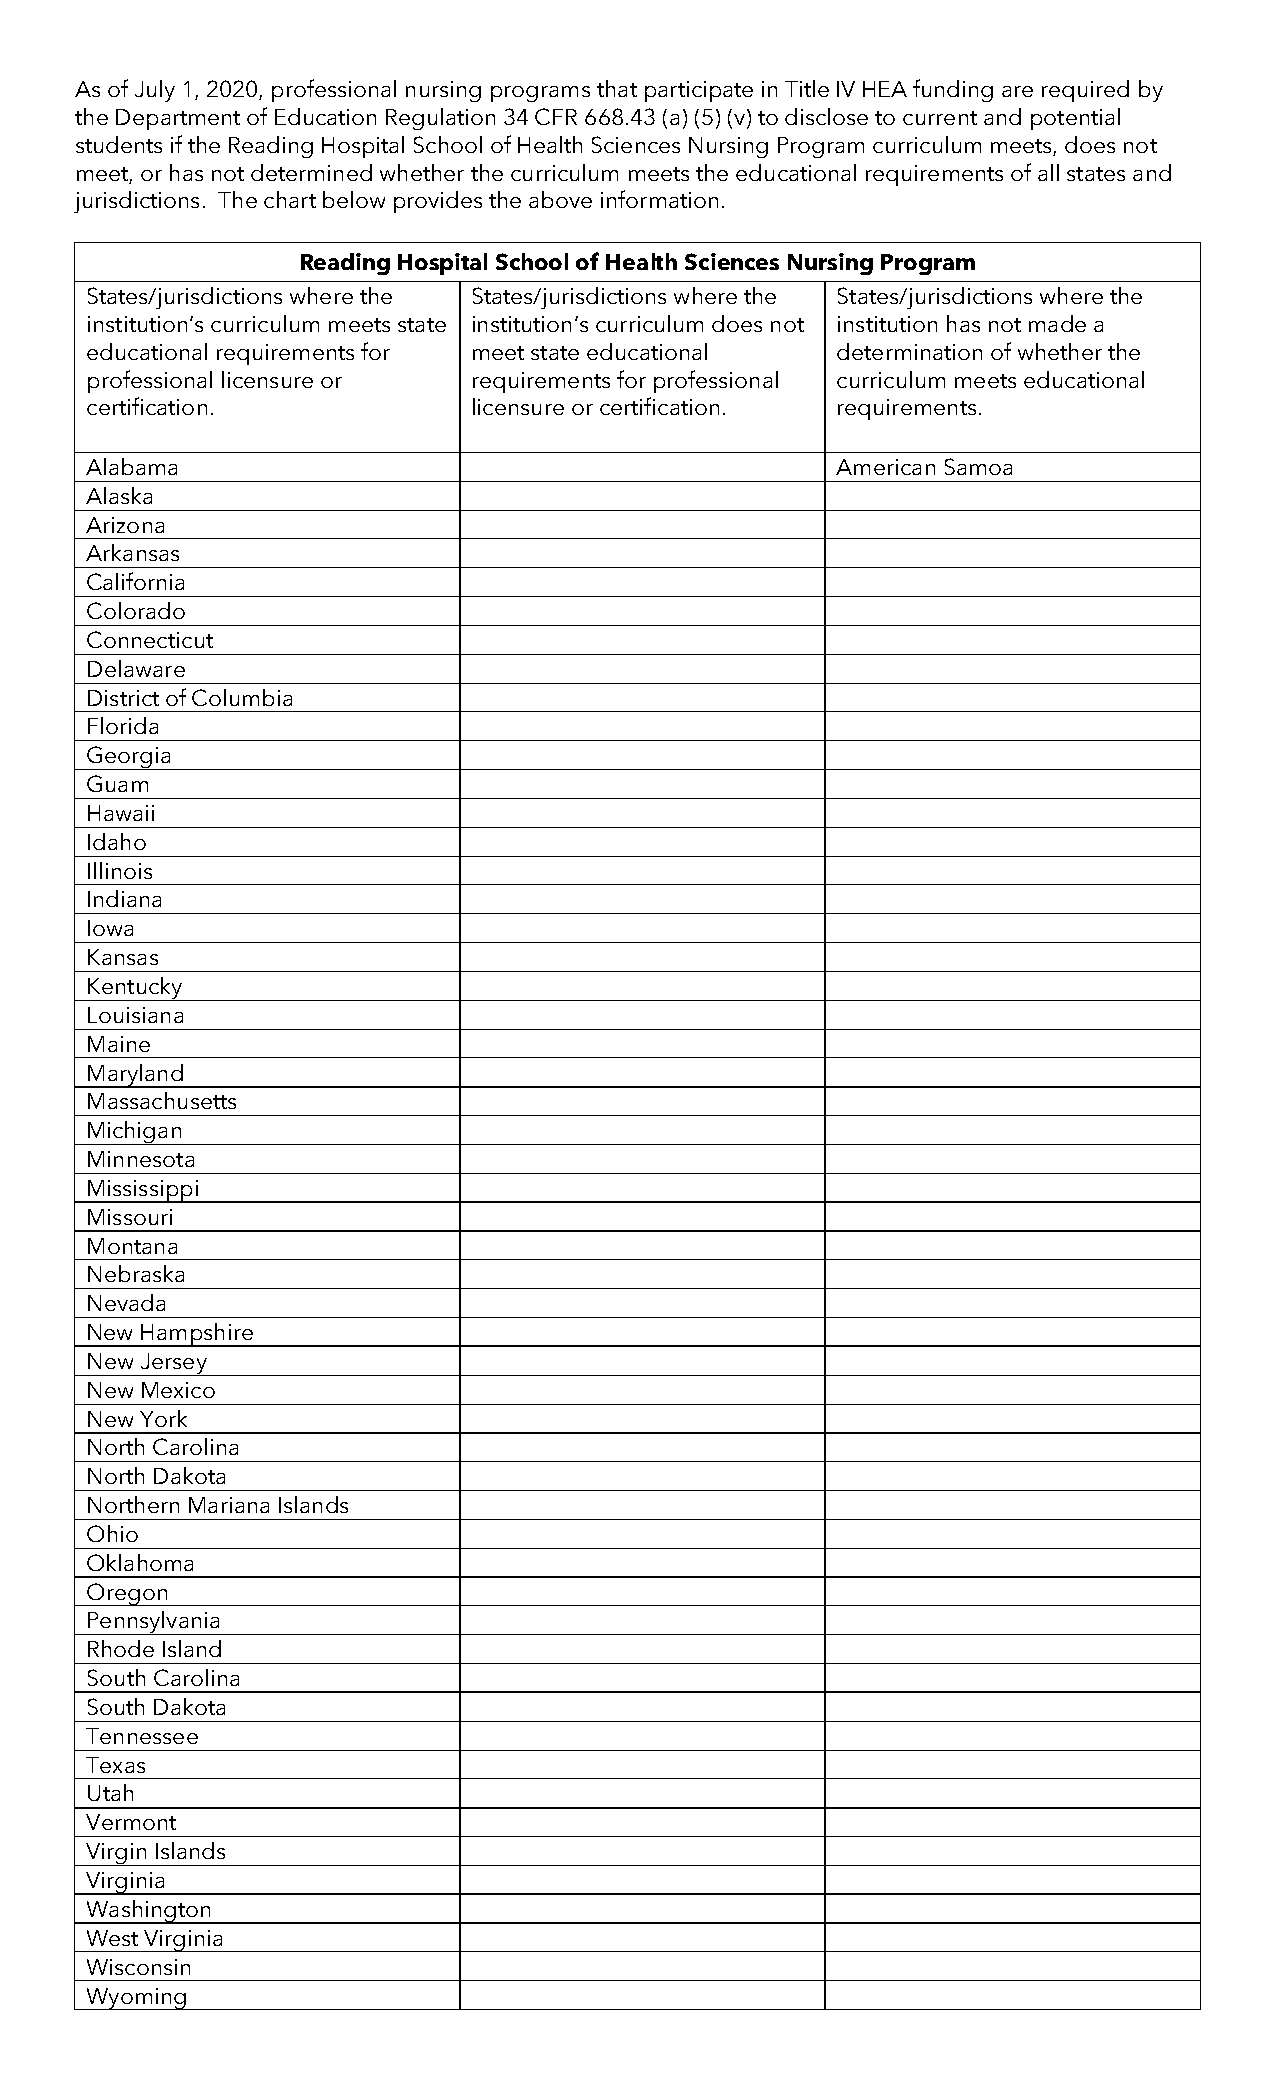
As of July 1, 2020, professional nursing programs that participate in Title IV HEA funding are required by
 the Department of Education Regulation 34 CFR 668.43 (a) (5) (v) to disclose to current and potential
 students if the Reading Hospital School of Health Sciences Nursing Program curriculum meets, does not
 meet, or has not determined whether the curriculum meets the educational requirements of all states and
 jurisdictions. The chart below provides the above information.
 Reading Hospital School of Health Sciences Nursing Program
 States/jurisdictions where the States/jurisdictions where the States/jurisdictions where the
 institution’s curriculum meets state institution’s curriculum does not institution has not made a
 educational requirements for meet state educational determination of whether the
 professional licensure or requirements for professional curriculum meets educational
 certification.           licensure or certification. requirements.
 Alabama                                          American Samoa
 Alaska
 Arizona
 Arkansas
 California
 Colorado
 Connecticut
 Delaware
 District of Columbia
 Florida
 Georgia
 Guam
 Hawaii
 Idaho
 Illinois
 Indiana
 Iowa
 Kansas
 Kentucky
 Louisiana
 Maine
 Maryland
 Massachusetts
 Michigan
 Minnesota
 Mississippi
 Missouri
 Montana
 Nebraska
 Nevada
 New Hampshire
 New Jersey
 New Mexico
 New York
 North Carolina
 North Dakota
 Northern Mariana Islands
 Ohio
 Oklahoma
 Oregon
 Pennsylvania
 Rhode Island
 South Carolina
 South Dakota
 Tennessee
 Texas
 Utah
 Vermont
 Virgin Islands
 Virginia
 Washington
 West Virginia
 Wisconsin
 Wyoming